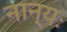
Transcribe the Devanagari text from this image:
नान्यः